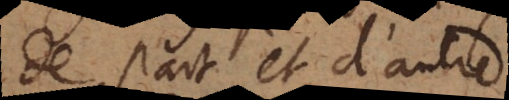
de part et d’autre,